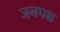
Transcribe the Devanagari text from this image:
जनपक्ष